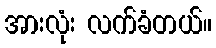
အားလုံး လက်ခံတယ်။